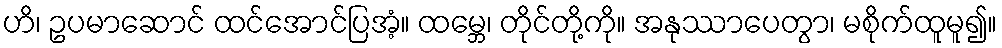
ဟိ၊ ဥပမာဆောင် ထင်အောင်ပြအံ့။ ထမ္ဘေ၊ တိုင်တို့ကို။ အနုဿာပေတွာ၊ မစိုက်ထူမူ၍။